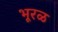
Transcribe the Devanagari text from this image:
भूरळ